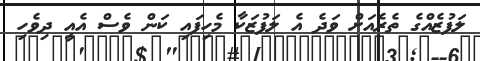
ލަފުޒެއްގެ ތެރެއަށް ވަދެ އެ ލަފުޒަކާ މެހިފައި ކަން ވެސް އެއީ ދިވެހި